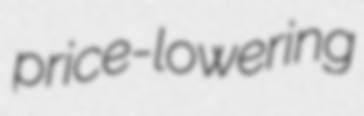
price-lowering